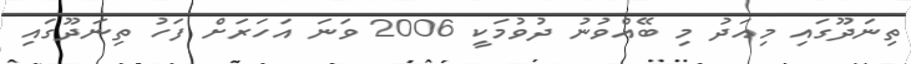
ތިނަދޫގައި މިއަދު މި ބޭއްވުނު ދުވުމަކީ 2006 ވަނަ އަހަރަށް ފަހު ތިނަދޫގައި